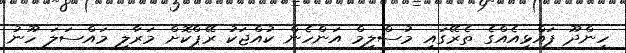
ހިންދޫ ފައްޅިއެއްގެ ތެރޭގައި މުސްލިމް އަންހެން ކުއްޖަކު ރޭޕްކޮށް މަރާލި މައްސަލަ ހޫނު